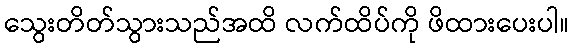
သွေးတိတ်သွားသည်အထိ လက်ထိပ်ကို ဖိထားပေးပါ။